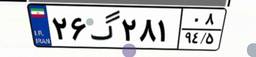
۲۶گ۲۸۱۰۸